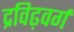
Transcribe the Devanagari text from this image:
द्रविढ़वर्ग